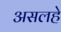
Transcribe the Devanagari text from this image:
असलहे